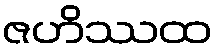
ဇဟိဿထ